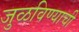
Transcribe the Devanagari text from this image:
जुळविण्याची